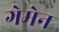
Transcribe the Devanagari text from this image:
गेमेन